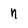
Character: n